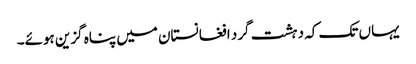
یہاں تک کہ دہشت گرد افغانستان میں پناہ گزین ہوئے۔